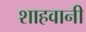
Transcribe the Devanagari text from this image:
शाहवानी